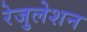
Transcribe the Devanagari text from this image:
रेजुलेशन